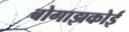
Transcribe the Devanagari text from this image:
बोगाझकोई